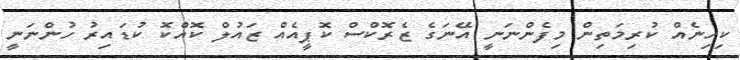
ކިހިނެއް ކުރިމަތިން މިފެންނަނީ އޭނަގެ ޒެރޮކްސް ކޮޕީއެއް ޒައުލް ކޮއްކޮ ކުޑައިރު ހުންނަނީ